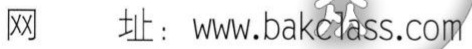
网址：\texttt{www.bakclass.com}